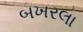
બખરલા